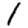
Digit: 1